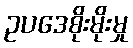
ဥပဒေစိုးမိုးမှု